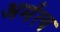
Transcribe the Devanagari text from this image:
अर्मत्व